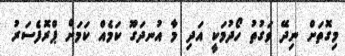
މިގޮތަށް ނިދޭ ވަގުތު ހޯދުމަކީ އަދި މާ އުނދަގޫ ކަމެއް ކަމަށް ޕްރޮފެސަރު